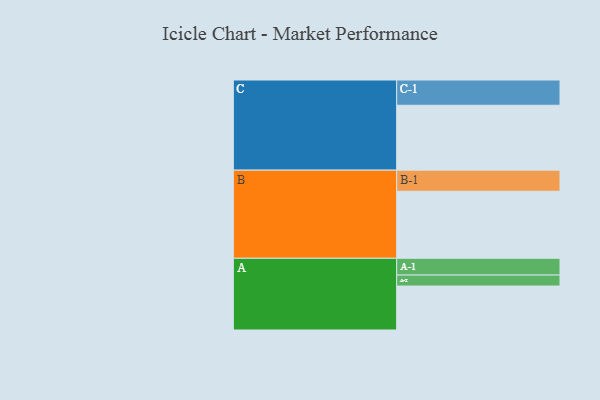
{"axis": {"x": "Segment", "y": "Value"}, "legend": ["", "A", "B", "C"], "data": [{"x": "A", "y": 388, "type": ""}, {"x": "B", "y": 592, "type": ""}, {"x": "C", "y": 573, "type": ""}, {"x": "A-1", "y": 148, "type": "A"}, {"x": "A-2", "y": 97, "type": "A"}, {"x": "B-1", "y": 186, "type": "B"}, {"x": "C-1", "y": 223, "type": "C"}]}